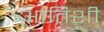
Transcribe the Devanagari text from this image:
आतिशी